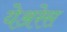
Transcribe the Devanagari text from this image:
येअरेस